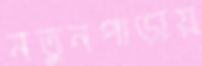
নতুনপাড়ায়